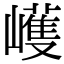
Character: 㠛